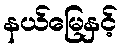
နယ်မြေနှင့်